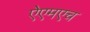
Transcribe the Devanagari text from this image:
ऐएमएच